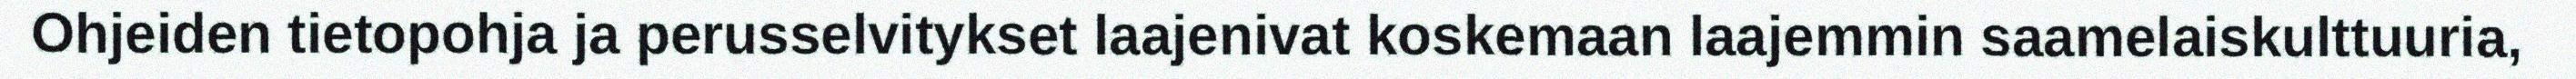
Ohjeiden tietopohja ja perusselvitykset laajenivat koskemaan laajemmin saamelaiskulttuuria,